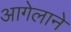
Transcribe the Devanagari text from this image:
आगेलाने